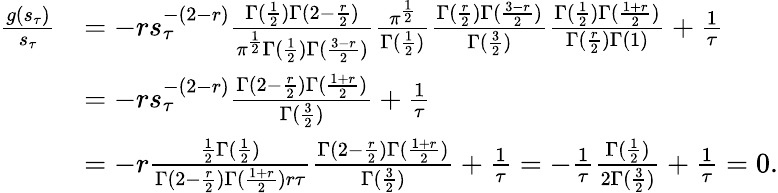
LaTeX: \begin{array}{rl}{\frac{g(s_{\tau})}{s_{\tau}}}&{=-rs_{\tau}^{-(2-r)}\frac{\Gamma(\frac 12)\Gamma(2-\frac{r}{2})}{\pi^{\frac{1}{2}}\Gamma(\frac 12)\Gamma(\frac{3-r}{2})}\frac{\pi^{\frac{1}{2}}}{\Gamma(\frac 12)}\frac{\Gamma(\frac{r}{2})\Gamma(\frac{3-r}{2})}{\Gamma(\frac 32)}\frac{\Gamma(\frac 12)\Gamma(\frac{1+r}{2})}{\Gamma(\frac{r}{2})\Gamma(1)}+\frac 1\tau}\\ &{=-rs_{\tau}^{-(2-r)}\frac{\Gamma(2-\frac{r}{2})\Gamma(\frac{1+r}{2})}{\Gamma(\frac 32)}+\frac 1\tau}\\ &{=-r\frac{\frac{1}{2}\Gamma(\frac 12)}{\Gamma(2-\frac{r}{2})\Gamma(\frac{1+r}{2})r\tau}\frac{\Gamma(2-\frac{r}{2})\Gamma(\frac{1+r}{2})}{\Gamma(\frac 32)}+\frac 1\tau=-\frac 1\tau\frac{\Gamma(\frac 12)}{2\Gamma(\frac 32)}+\frac 1\tau=0.}\end{array}